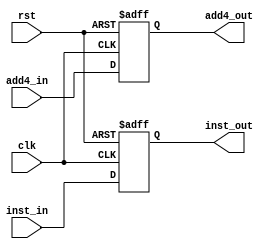
`timescale 1ns / 1ps
//////////////////////////////////////////////////////////////////////////////////
// Company: 
// Engineer: 
// 
// Design Name: 
// Module Name:    IFID_REG 
// Project Name: 
// Target Devices: 
// Tool versions: 
// Description: 
//
// Dependencies: 
//
// Revision: 
// Revision 0.01 - File Created
// Additional Comments: 
//
//////////////////////////////////////////////////////////////////////////////////
module IFID_REG(clk, rst, add4_in, add4_out,inst_in,inst_out  );
	parameter WORD_SIZE = 32 ; 
	
	input wire clk, rst;
	input wire [WORD_SIZE - 1:0] add4_in;
	output reg [WORD_SIZE - 1:0] add4_out;
input wire [WORD_SIZE - 1:0] inst_in;
	output reg [WORD_SIZE - 1:0] inst_out;		
	
always @ (posedge rst or posedge clk ) begin
	if ( rst ) begin
		add4_out <= { WORD_SIZE {1'b0} };
		inst_out <= { WORD_SIZE {1'b0} };
	end else if ( clk ) begin
		add4_out <= add4_in;
		inst_out <= inst_in;
	end
	end
	
endmodule